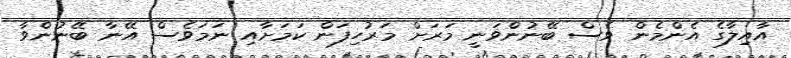
އާއިލާގެ އެންމެން ވެސް ބޭނުންވަނީ މަރަށް މަރުހިފަން ކަމަށާއި ނަމަވެސް އޭނާ ބޭނުންވާ